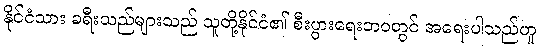
နိုင်ငံသား ခရီးသည်များသည် သူတို့နိုင်ငံ၏ စီးပွားရေးဘဝတွင် အရေးပါသည်ဟူ